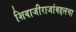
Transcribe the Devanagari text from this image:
शिवाजीराजांबद्दलचा